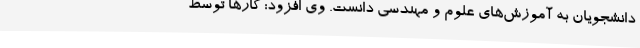
دانشجویان به آموزش‌های علوم و مهندسی دانست. وی افزود: کارها توسط